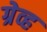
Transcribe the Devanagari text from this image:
ग्रेव्ह